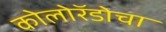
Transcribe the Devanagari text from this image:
कोलोरॅडोचा